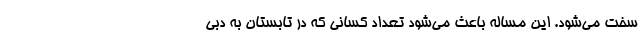
سخت می‌شود. این مساله باعث می‌شود تعداد کسانی که در تابستان به دبی